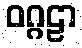
ဝဂ္ဂဠာ